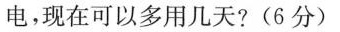
电，现在可以多用几天?(6分)